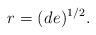
LaTeX: \begin{align*} r_{} = (d_{}e_{})^{1/2}.\end{align*}